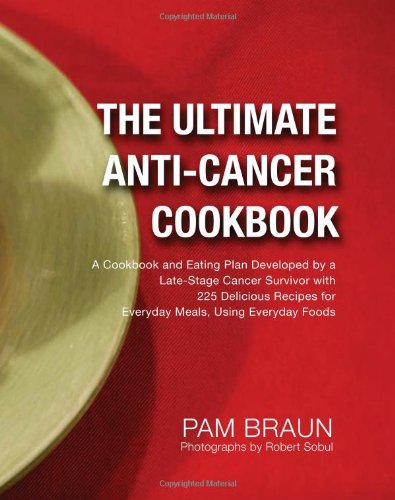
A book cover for The Ultimate Anti-Cancer Cookbook: A Cookbook and Eating Plan Developed by a Late-Stage Cancer Survivor with 225 Delicious Recipes for Everyday Meals, Using Everyday Foods; Pam Braun; Cookbooks, Food & Wine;